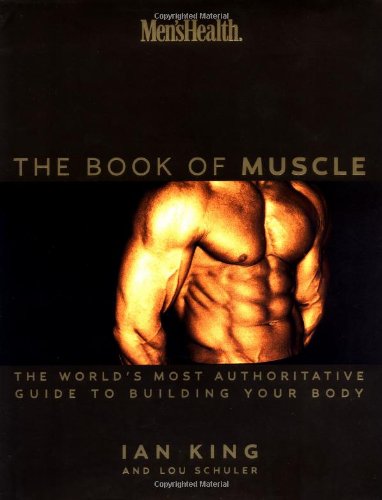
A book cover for Men's Health: The Book of Muscle : The World's Most Authoritative Guide to Building Your Body; Lou Schuler; Health, Fitness & Dieting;